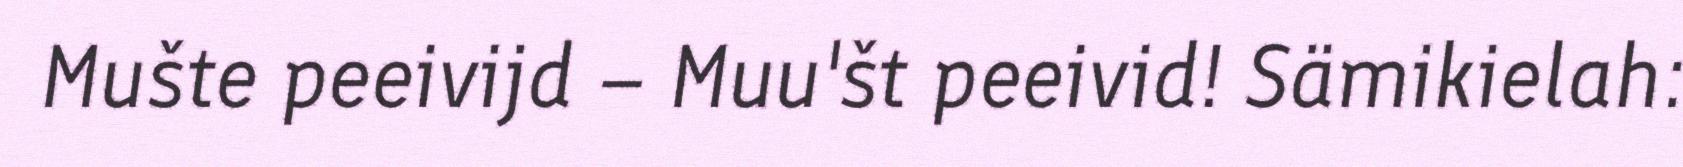
Mušte peeivijd – Muu'št peeivid! Sämikielah: